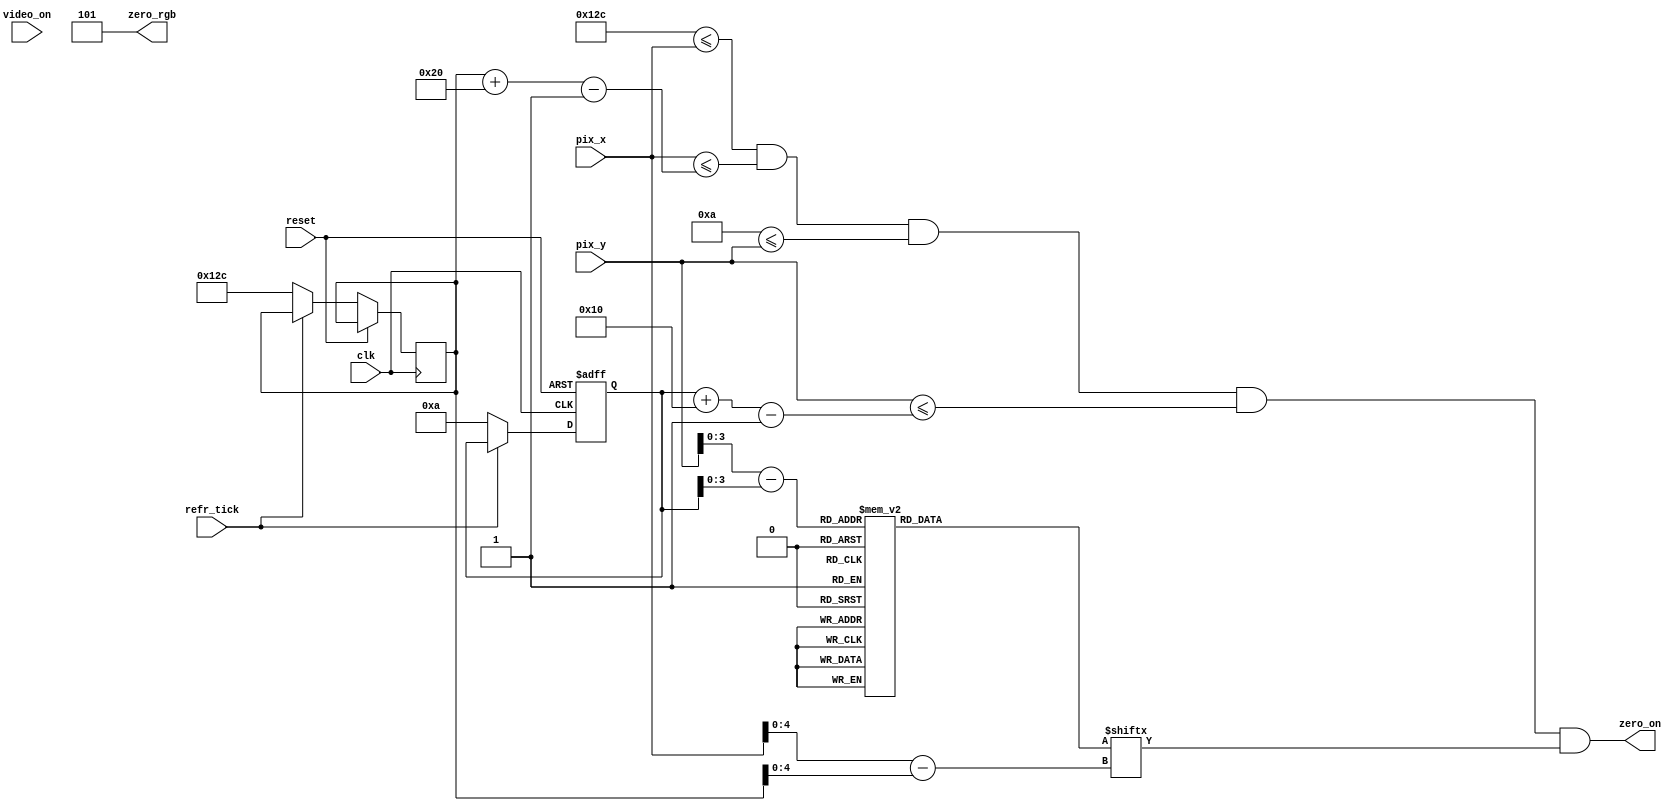
module Zero_0(clk, reset,video_on,refr_tick, pix_x, pix_y,zero_on,zero_rgb);
    input clk, reset;
    input video_on, refr_tick;
    input [9:0] pix_x, pix_y;
    output zero_on;
    output [2:0] zero_rgb;

  //--------------------------------------------
   // Zero Logo
   //--------------------------------------------
   wire [3:0] Zero_rom_addr; 
	wire [4:0] Zero_rom_col;
   reg [31:0] Zero_rom_data;
   wire Zero_rom_bit,Zero_Logo_on, Logo_on ;
   //--------------------------------------------
   // Zero Logo Positioning
   //--------------------------------------------
   // Logo Position left, Top boundary
   localparam Zero_X_L = 300;
	localparam Zero_X_R = 331;
   localparam Zero_X_T = 10;
	localparam Zero_X_B = 25;
   
   localparam Zero_Logo_x = 32;
   localparam Zero_Logo_y = 16;

	 // Zero left, right boundary
   wire [9:0] Zero_x_l, Zero_x_r;
   // Zero top, bottom boundary
   wire [9:0] Zero_y_t, Zero_y_b;
   // reg to track left, top position
   reg [9:0] Zero_x_reg, Zero_y_reg;
   wire [9:0] Zero_x_next, Zero_y_next; 

	// body
   //--------------------------------------------
   // Zero Logo
   //--------------------------------------------
   always @*
   case (Zero_rom_addr)
      6'h0: Zero_rom_data = 32'b00000000000011111111000000000000; //   ****
      6'h1: Zero_rom_data = 33'b00000000000011111111000000000000; //  ******
      6'h2: Zero_rom_data = 32'b00000000001100000000110000000000; // ********
      6'h3: Zero_rom_data = 32'b00000000001100000000110000000000; // ********
      6'h4: Zero_rom_data = 32'b00000000001100000000110000000000; // ********
      6'h5: Zero_rom_data = 32'b00000000001100000000110000000000; // ********
      6'h6: Zero_rom_data = 32'b00000000001100000000110000000000; //  ******
      6'h7: Zero_rom_data = 32'b00000000001100000000110000000000; //   ****
	   6'h8: Zero_rom_data = 32'b00000000000000000000000000000000; //   ****
      6'h9: Zero_rom_data = 32'b00000000001100000000110000000000; //  ******
      6'hA: Zero_rom_data = 32'b00000000001100000000110000000000; // ********
      6'hB: Zero_rom_data = 32'b00000000001100000000110000000000; // ********
      6'hC: Zero_rom_data = 32'b00000000001100000000110000000000; // ********
      6'hD: Zero_rom_data = 32'b00000000001100000000110000000000; // ********
      6'hE: Zero_rom_data = 32'b00000000000011111111000000000000; //  ******
      6'hF: Zero_rom_data = 32'b00000000000011111111000000000000; //   ****

   endcase

    //------------------------------------------
	 // Register for Zero logo
	 //------------------------------------------
	  // registers
   always @(posedge clk, posedge reset)
      if (reset)
         begin
           
			Zero_y_reg <= 0;
            
         end
      else
         begin
            
		   	Zero_x_reg <= Zero_x_next;
		   	Zero_y_reg <= Zero_y_next;
            
         end


	//--------------------------------------------
   // Zero Logo
   //--------------------------------------------
   // boundary
   assign Zero_x_l = Zero_x_reg;
   assign Zero_y_t = Zero_y_reg;
   assign Zero_x_r = Zero_x_l + Zero_Logo_x - 1;
   assign Zero_y_b = Zero_y_t + Zero_Logo_y - 1;
   // pixel within logo
   assign Logo_on =
            (Zero_X_L<=pix_x) && (pix_x<=Zero_x_r) &&
            (Zero_X_T<=pix_y) && (pix_y<=Zero_y_b);

	  //assign Logo_on =
     //       (Zero_x_l<=Zero_X_L) && (pix_x<=Zero_x_r) &&
     //       (Zero_y_t<=Zero_X_T) && (pix_y<=Zero_y_b);
   // map current pixel location to ROM addr/col
   assign Zero_rom_addr = pix_y[3:0] - Zero_y_t[3:0];
   assign Zero_rom_col = pix_x[4:0] - Zero_x_l[4:0];
   assign Zero_rom_bit = Zero_rom_data[Zero_rom_col];
   // pixel within logo
   assign zero_on = (Logo_on & Zero_rom_bit);
   assign zero_rgb = 3'b101; 
   
   //  assign Zero_x_next = (refr_tick)?  Zero_x_reg + 1'b1:Zero_x_reg;
   //	 assign Zero_y_next = (refr_tick) ? Zero_y_reg + 1'b1:Zero_y_reg;
   assign Zero_x_next = (refr_tick) ?  Zero_x_reg: Zero_X_L;
   assign Zero_y_next = (refr_tick) ? Zero_y_reg : Zero_X_T ;


endmodule